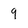
Character: 9